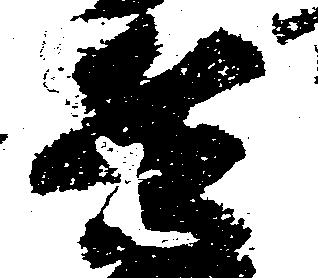
兵